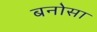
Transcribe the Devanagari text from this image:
बनोसा